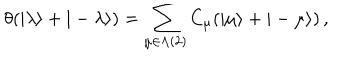
\theta ( | \lambda \rangle + | - \lambda \rangle ) = \sum _ { \mu \in \Lambda ( 2 ) } C _ { \mu } ( | \mu \rangle + | - \mu \rangle ) \, ,